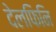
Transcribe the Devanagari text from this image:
देलफिनि